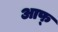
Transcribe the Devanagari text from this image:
आफ्‌